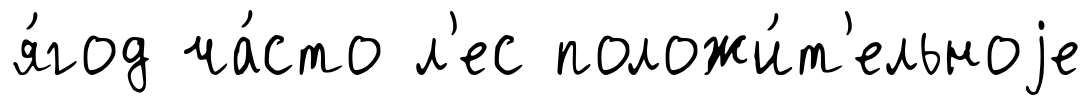
я́год ча́сто л'ес положи́т'ельноjе